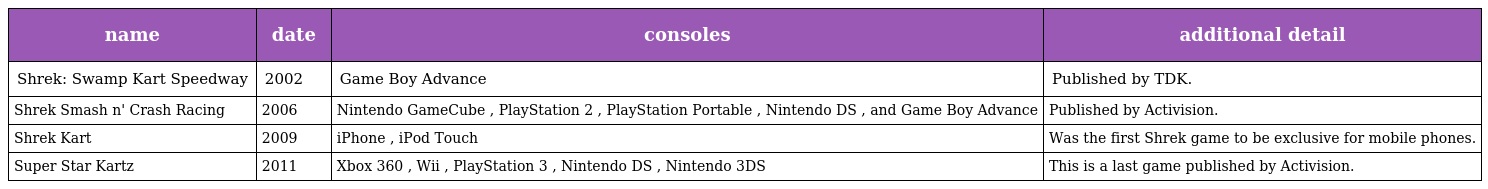
| name | date | consoles | additional detail |
 | --- | --- | --- | --- |
 | Shrek: Swamp Kart Speedway | 2002 | Game Boy Advance | Published by TDK. |
 | Shrek Smash n' Crash Racing | 2006 | Nintendo GameCube , PlayStation 2 , PlayStation Portable , Nintendo DS , and Game Boy Advance | Published by Activision. |
 | Shrek Kart | 2009 | iPhone , iPod Touch | Was the first Shrek game to be exclusive for mobile phones. |
 | Super Star Kartz | 2011 | Xbox 360 , Wii , PlayStation 3 , Nintendo DS , Nintendo 3DS | This is a last game published by Activision. |